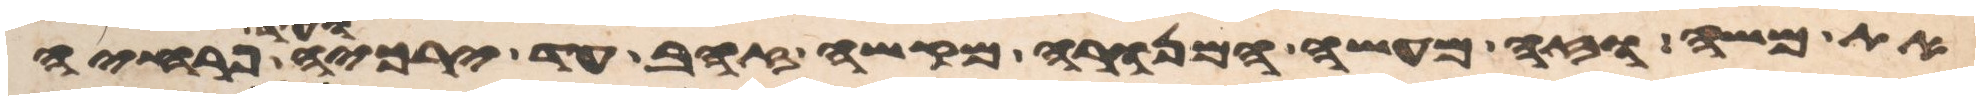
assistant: את משה וזה מעשה המנורה מקשה זהב עד ירכיה ועד פרחיה